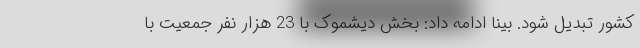
کشور تبدیل شود. بینا ادامه داد: بخش دیشموک با 23 هزار نفر جمعیت با